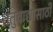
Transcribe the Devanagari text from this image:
तंतुवाद्यासाठी